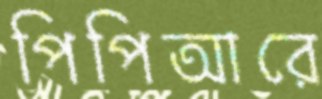
পিপিআরে